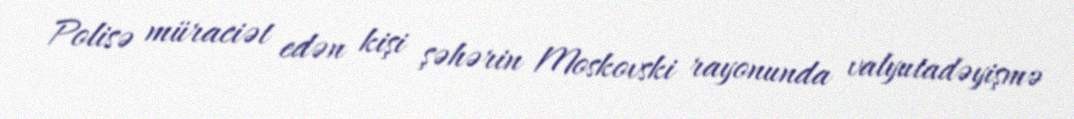
Polisə müraciət edən kişi şəhərin Moskovski rayonunda valyutadəyişmə